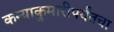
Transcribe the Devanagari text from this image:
कन्याकुमारीपर्यंतचा